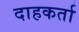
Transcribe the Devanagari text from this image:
दाहकर्ता